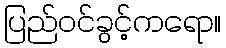
ပြည်ဝင်ခွင့်ကရော။